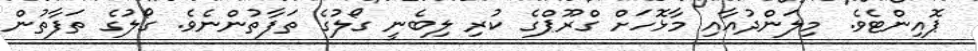
ޕޮއިންޓެވެ. މިލަންދުއާއި މާޅޮހަށް ގްރޫޕްގެ ކުރި ލިބެނީ ގޯލުގެ ތަފާތުންނެވެ. ގޯލުގެ ތަފާތުން